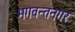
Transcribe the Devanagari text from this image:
भगवन्तनगर